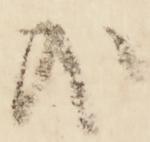
哉